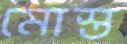
মোস্ত